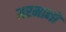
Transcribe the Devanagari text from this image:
अरमानो